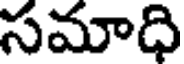
సమాధి